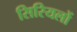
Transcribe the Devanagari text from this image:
सिरियलों